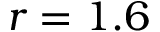
r = 1 . 6